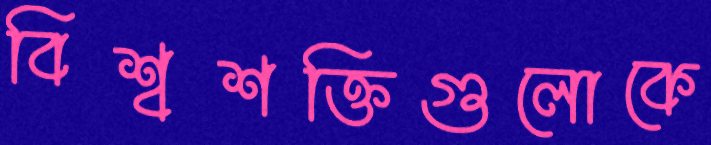
বিশ্বশক্তিগুলোকে